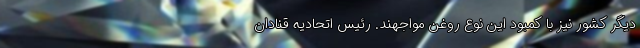
دیگر کشور نیز با کمبود این نوع روغن مواجهند. رئیس اتحادیه قنادان